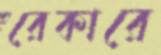
রেকারে